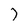
Character: 7